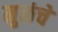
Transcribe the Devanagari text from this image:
मुळंचे